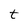
Character: t